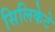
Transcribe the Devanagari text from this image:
सिलिकेटे